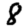
Digit: 8